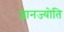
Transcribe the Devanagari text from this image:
ज्ञानज्योति